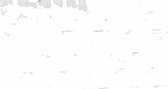
خدمة توصيل الطلبات السريع